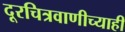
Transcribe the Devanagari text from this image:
दूरचित्रवाणीच्याही